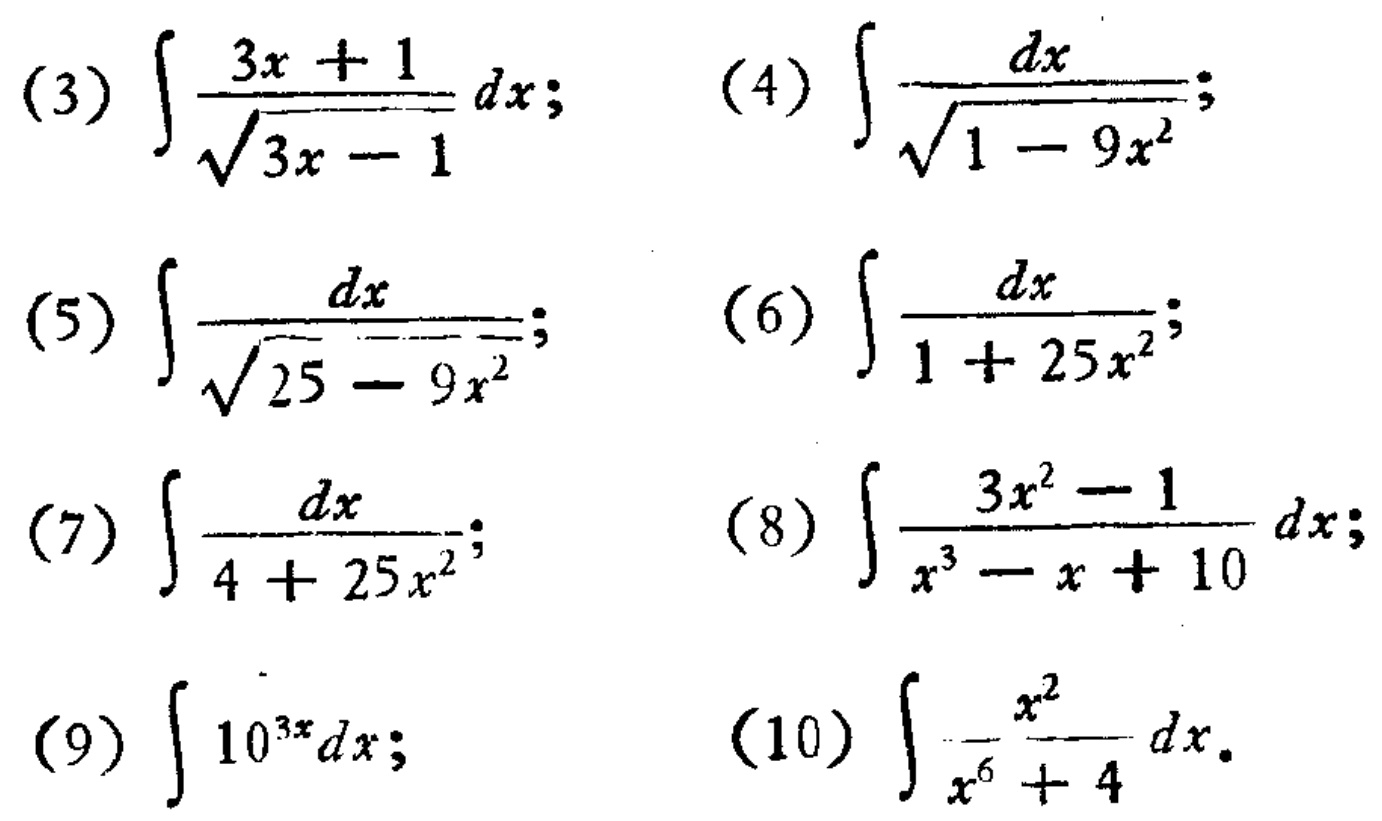
(3) \(\int\frac{3x + 1}{\sqrt{3x - 1}}dx\); (4) \(\int\frac{dx}{\sqrt{1 - 9x^{2}}}\);
(5) \(\int\frac{dx}{\sqrt{25 - 9x^{2}}}\); (6) \(\int\frac{dx}{1 + 25x^{2}}\);
(7) \(\int\frac{dx}{4 + 25x^{2}}\); (8) \(\int\frac{3x^{2} - 1}{x^{3} - x + 10}dx\);
(9) \(\int10^{3x}dx\); (10) \(\int\frac{x^{2}}{x^{6}+4}dx\)